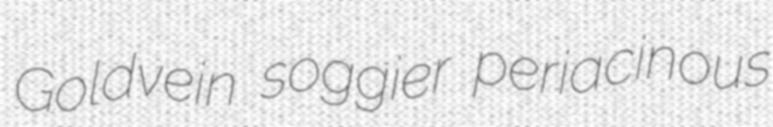
Goldvein soggier periacinous